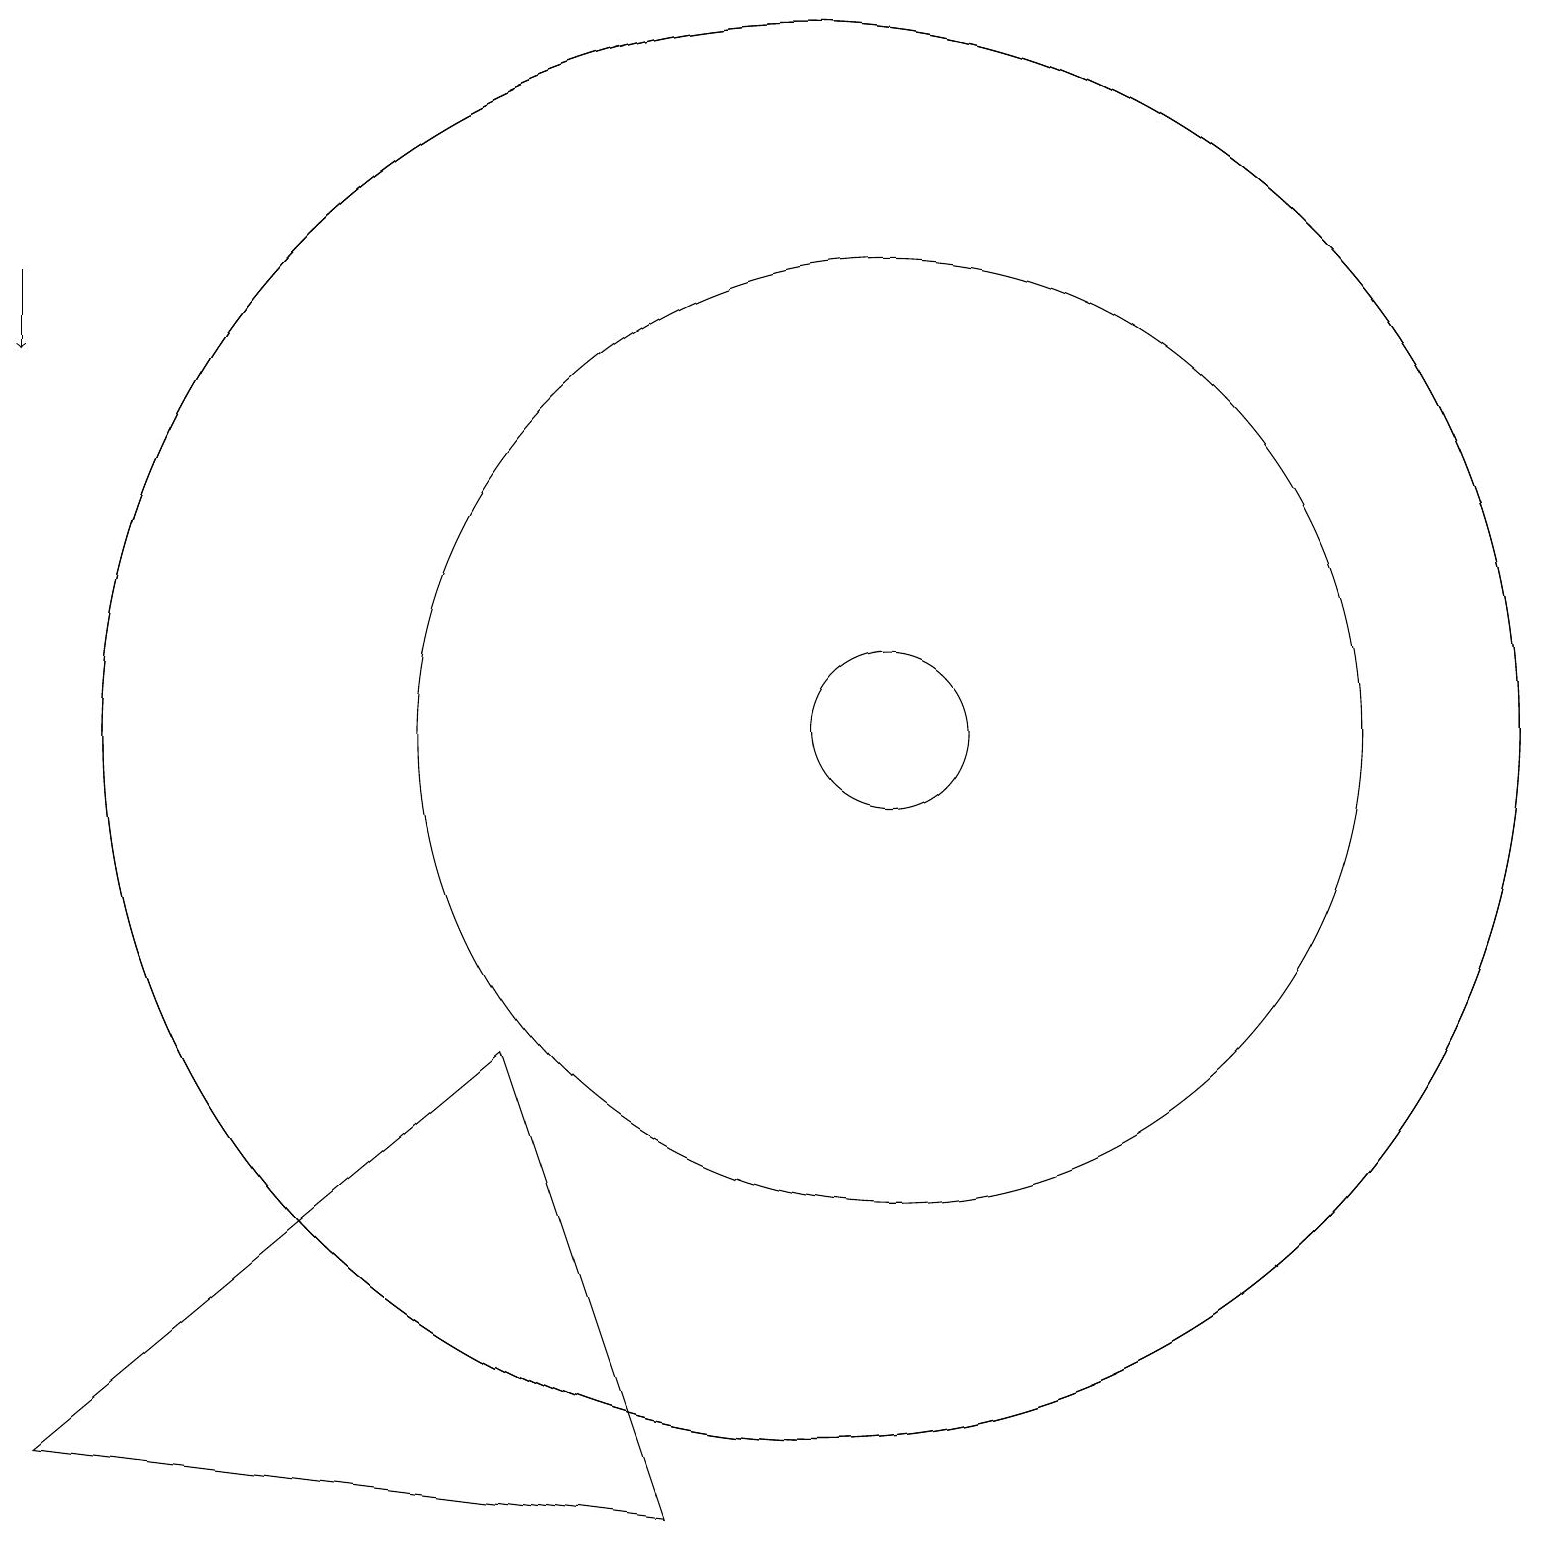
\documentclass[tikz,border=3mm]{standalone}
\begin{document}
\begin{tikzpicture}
\draw (11,11) circle (0);
\draw (11,11) circle (6);
\draw (10,11) circle (9);
\draw[->] (0,17) -- (0,16);
\draw (10,11) circle (9);
\draw (8,1) -- (0,2) -- (6,7) -- cycle;
\draw (11,11) circle (1);
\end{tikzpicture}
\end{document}